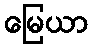
မြေယာ